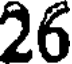
26